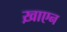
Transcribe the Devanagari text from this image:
ख़ाएन